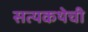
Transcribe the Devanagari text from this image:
सत्यकथेची